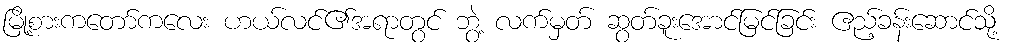
မြို့စားကတော်ကလေး ဟယ်လင်၏အရာတွင် ဘွဲ့ လက်မှတ် ဆွတ်ခူးအောင်မြင်ခြင်း ဧည့်ခန်းဆောင်သို့